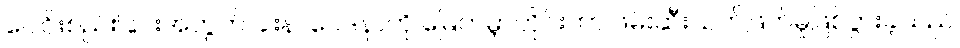
ပေါင်းစည်းခြင်းအတွက် ခါးနာဝေဒနာကို မြေကမ္ဘာတိုင်းတာ ဖမ်းဆီးသတ်ဖြတ်မှုဖြစ်ပွားခဲ့သည်